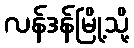
လန်ဒန်မြို့သို့